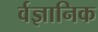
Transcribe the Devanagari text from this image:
र्वज्ञानिक